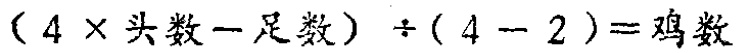
\((4\times 头数 - 足数)\div(4 - 2)=鸡数\)